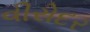
વીરોદર